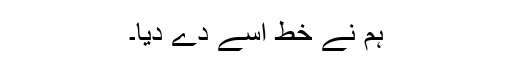
ہم نے خط اسے دے دیا۔